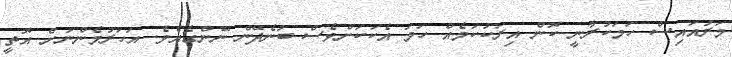
މަރުއައިސް ހަމަކުރާނީ ކޮން އިރަކުކަމެއް ހަމަ އެކަކަށްވެސް ބުނެދޭން ނޭންގެއެވެ. އަހަރުމެންނަށް އޮތީ